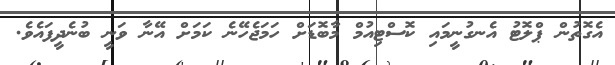
އެގޮތުން ޕްލޮޓު އެނގުނީމައި ކޮސްޓިއުމް މާބޮޑަށް ހަމަޖެހޭނެ ކަމަށް އޭނާ ވަނީ ބުނެދީފައެވެ.